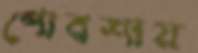
পোরশায়